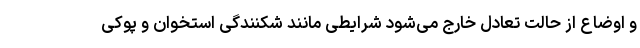
و اوضاع از حالت تعادل خارج می‌شود شرایطی مانند شکنندگی استخوان و پوکی